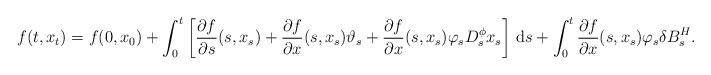
LaTeX: \begin{align*}f(t,x_t) = f(0,x_0) + \int_0^t\left[\frac{\partial f}{\partial s}(s,x_s) + \frac{\partial f}{\partial x}(s,x_s)\vartheta_s + \frac{\partial f}{\partial x}(s,x_s)\varphi_s D^\phi_sx_s\right]\,\mathrm{d}{s} + \int_0^t\frac{\partial f}{\partial x}(s,x_s)\varphi_s\delta B_s^{H}.\end{align*}